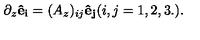
\partial _ { z } { \bf \hat { e } { _ { i } } } = ( A _ { z } ) _ { i j } { \bf \hat { e } { _ { j } } } ( i , j = 1 , 2 , 3 . ) .